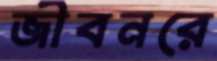
জীবনরে